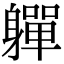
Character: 軃